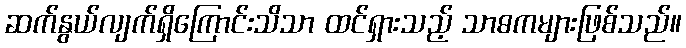
ဆက်နွယ်လျက်ရှိကြောင်းသိသာ ထင်ရှားသည့် သာဓကများဖြစ်သည်။